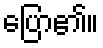
ပြော၏။